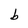
Character: b